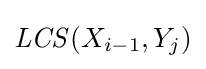
{\mathit {LCS}}(X_{i-1},Y_{j})